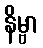
နိမ္ဗာ